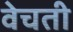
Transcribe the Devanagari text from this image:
वेचती